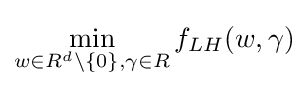
\min _{w\in R^{d}\backslash \{0\},\gamma \in R}f_{LH}(w,\gamma )